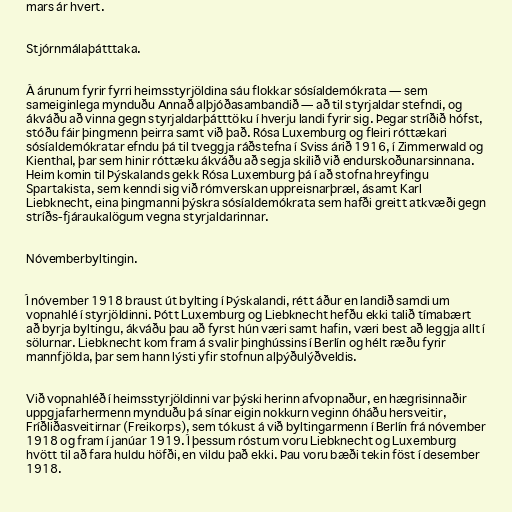
mars ár hvert.

Stjórnmálaþátttaka.

Á árunum fyrir fyrri heimsstyrjöldina sáu flokkar sósíaldemókrata — sem
sameiginlega mynduðu Annað alþjóðasambandið — að til styrjaldar stefndi, og
ákváðu að vinna gegn styrjaldarþátttöku í hverju landi fyrir sig. Þegar stríðið hófst,
stóðu fáir þingmenn þeirra samt við það. Rósa Luxemburg og fleiri róttækari
sósíaldemókratar efndu þá til tveggja ráðstefna í Sviss árið 1916, í Zimmerwald og
Kienthal, þar sem hinir róttæku ákváðu að segja skilið við endurskoðunarsinnana.
Heim komin til Þýskalands gekk Rósa Luxemburg þá í að stofna hreyfingu
Spartakista, sem kenndi sig við rómverskan uppreisnarþræl, ásamt Karl
Liebknecht, eina þingmanni þýskra sósíaldemókrata sem hafði greitt atkvæði gegn
stríðs-fjáraukalögum vegna styrjaldarinnar.

Nóvemberbyltingin.

Í nóvember 1918 braust út bylting í Þýskalandi, rétt áður en landið samdi um
vopnahlé í styrjöldinni. Þótt Luxemburg og Liebknecht hefðu ekki talið tímabært
að byrja byltingu, ákváðu þau að fyrst hún væri samt hafin, væri best að leggja allt í
sölurnar. Liebknecht kom fram á svalir þinghússins í Berlín og hélt ræðu fyrir
mannfjölda, þar sem hann lýsti yfir stofnun alþýðulýðveldis.

Við vopnahléð í heimsstyrjöldinni var þýski herinn afvopnaður, en hægrisinnaðir
uppgjafarhermenn mynduðu þá sínar eigin nokkurn veginn óháðu hersveitir,
Fríðliðasveitirnar (Freikorps), sem tókust á við byltingarmenn í Berlín frá nóvember
1918 og fram í janúar 1919. Í þessum róstum voru Liebknecht og Luxemburg
hvött til að fara huldu höfði, en vildu það ekki. Þau voru bæði tekin föst í desember
1918.